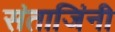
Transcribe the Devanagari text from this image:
संताजिंनी